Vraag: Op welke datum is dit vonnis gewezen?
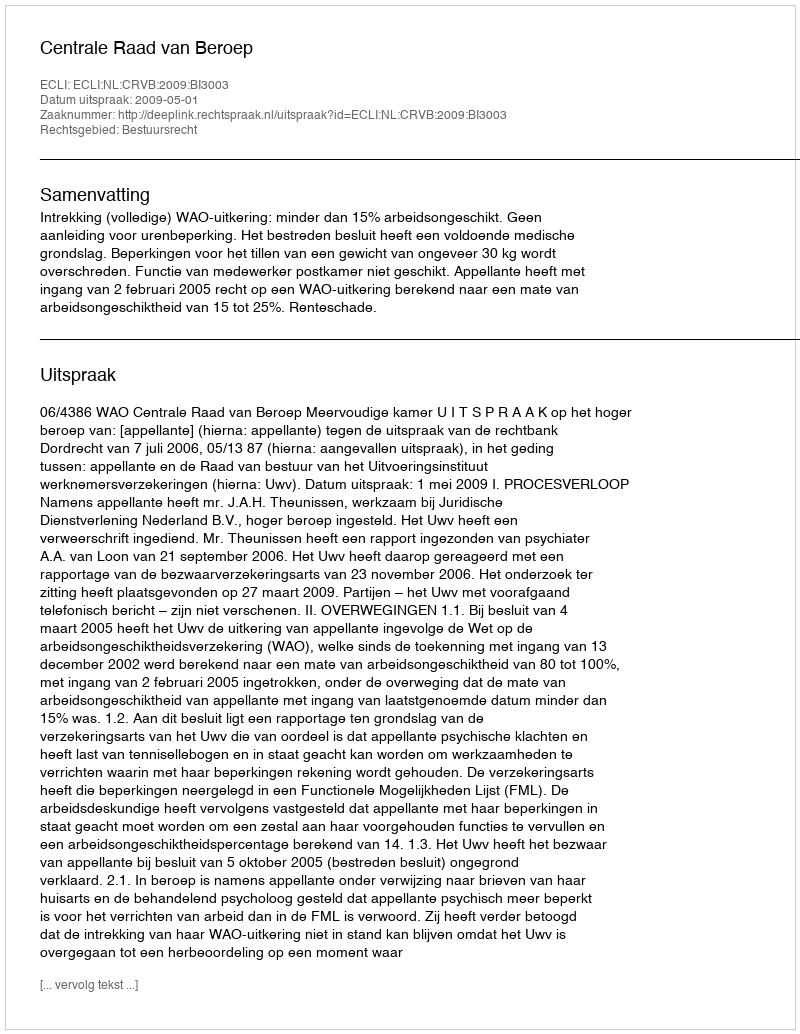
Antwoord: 2009-05-01